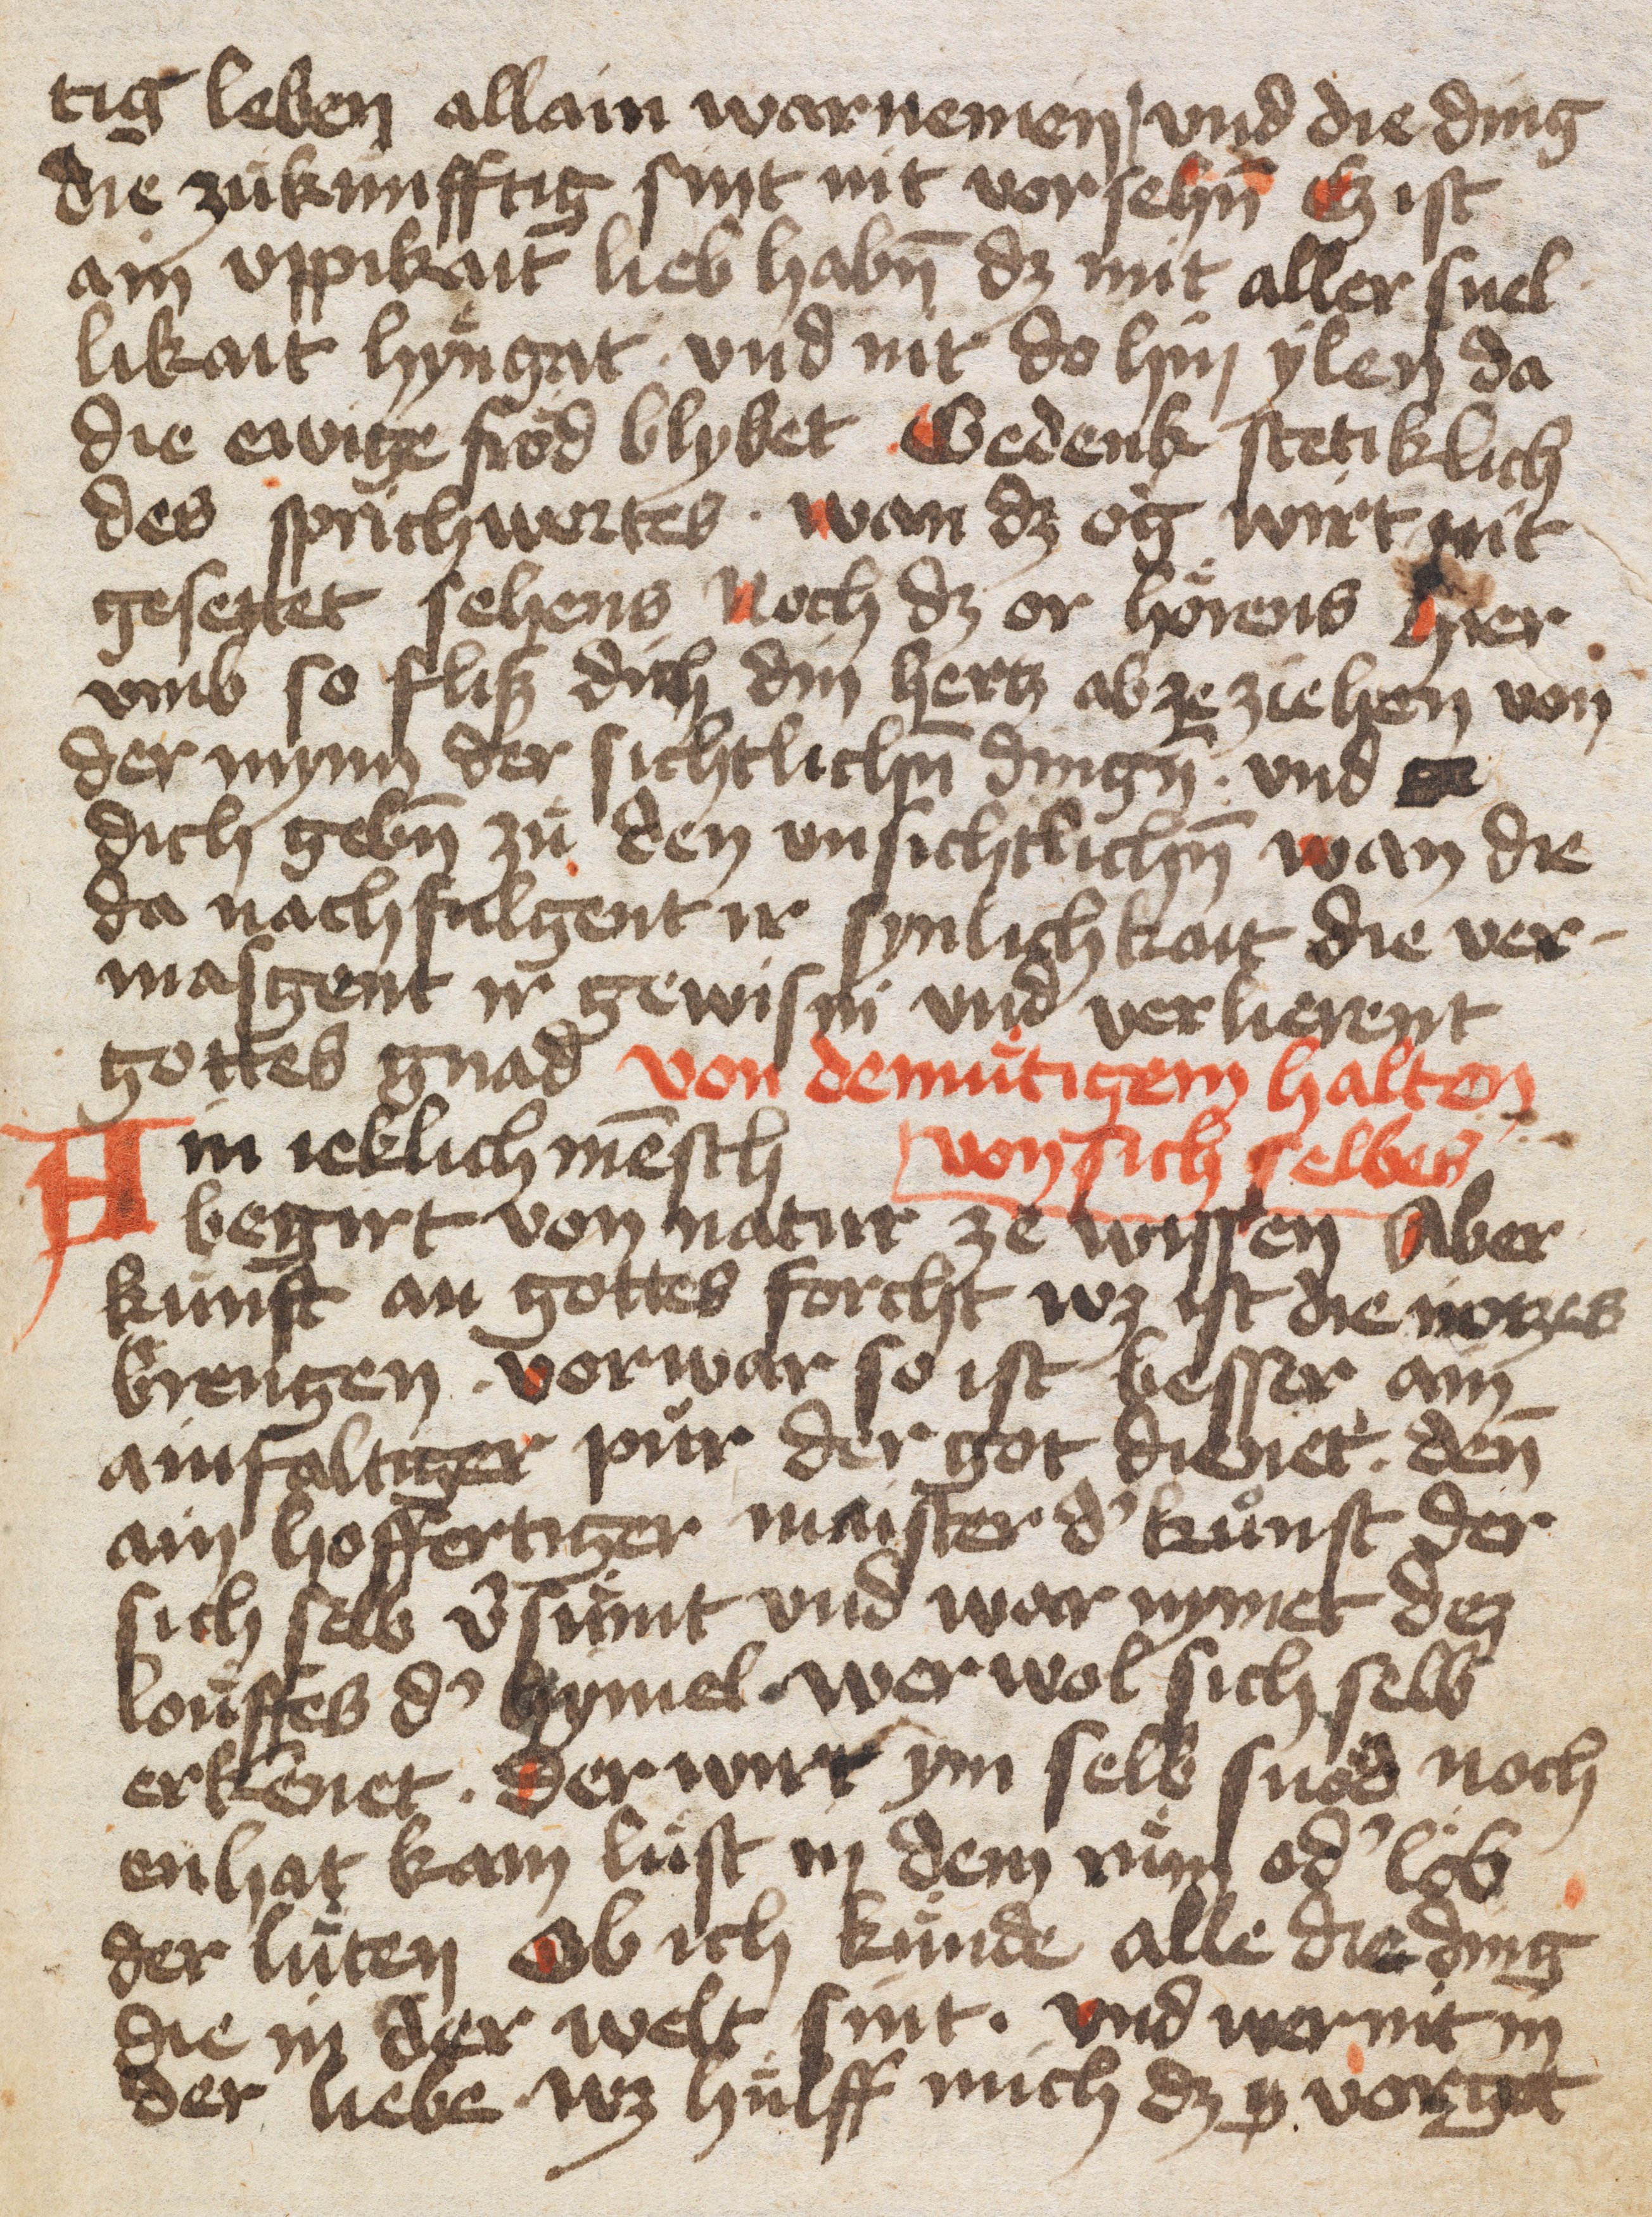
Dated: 1400–1499